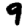
Digit: 9